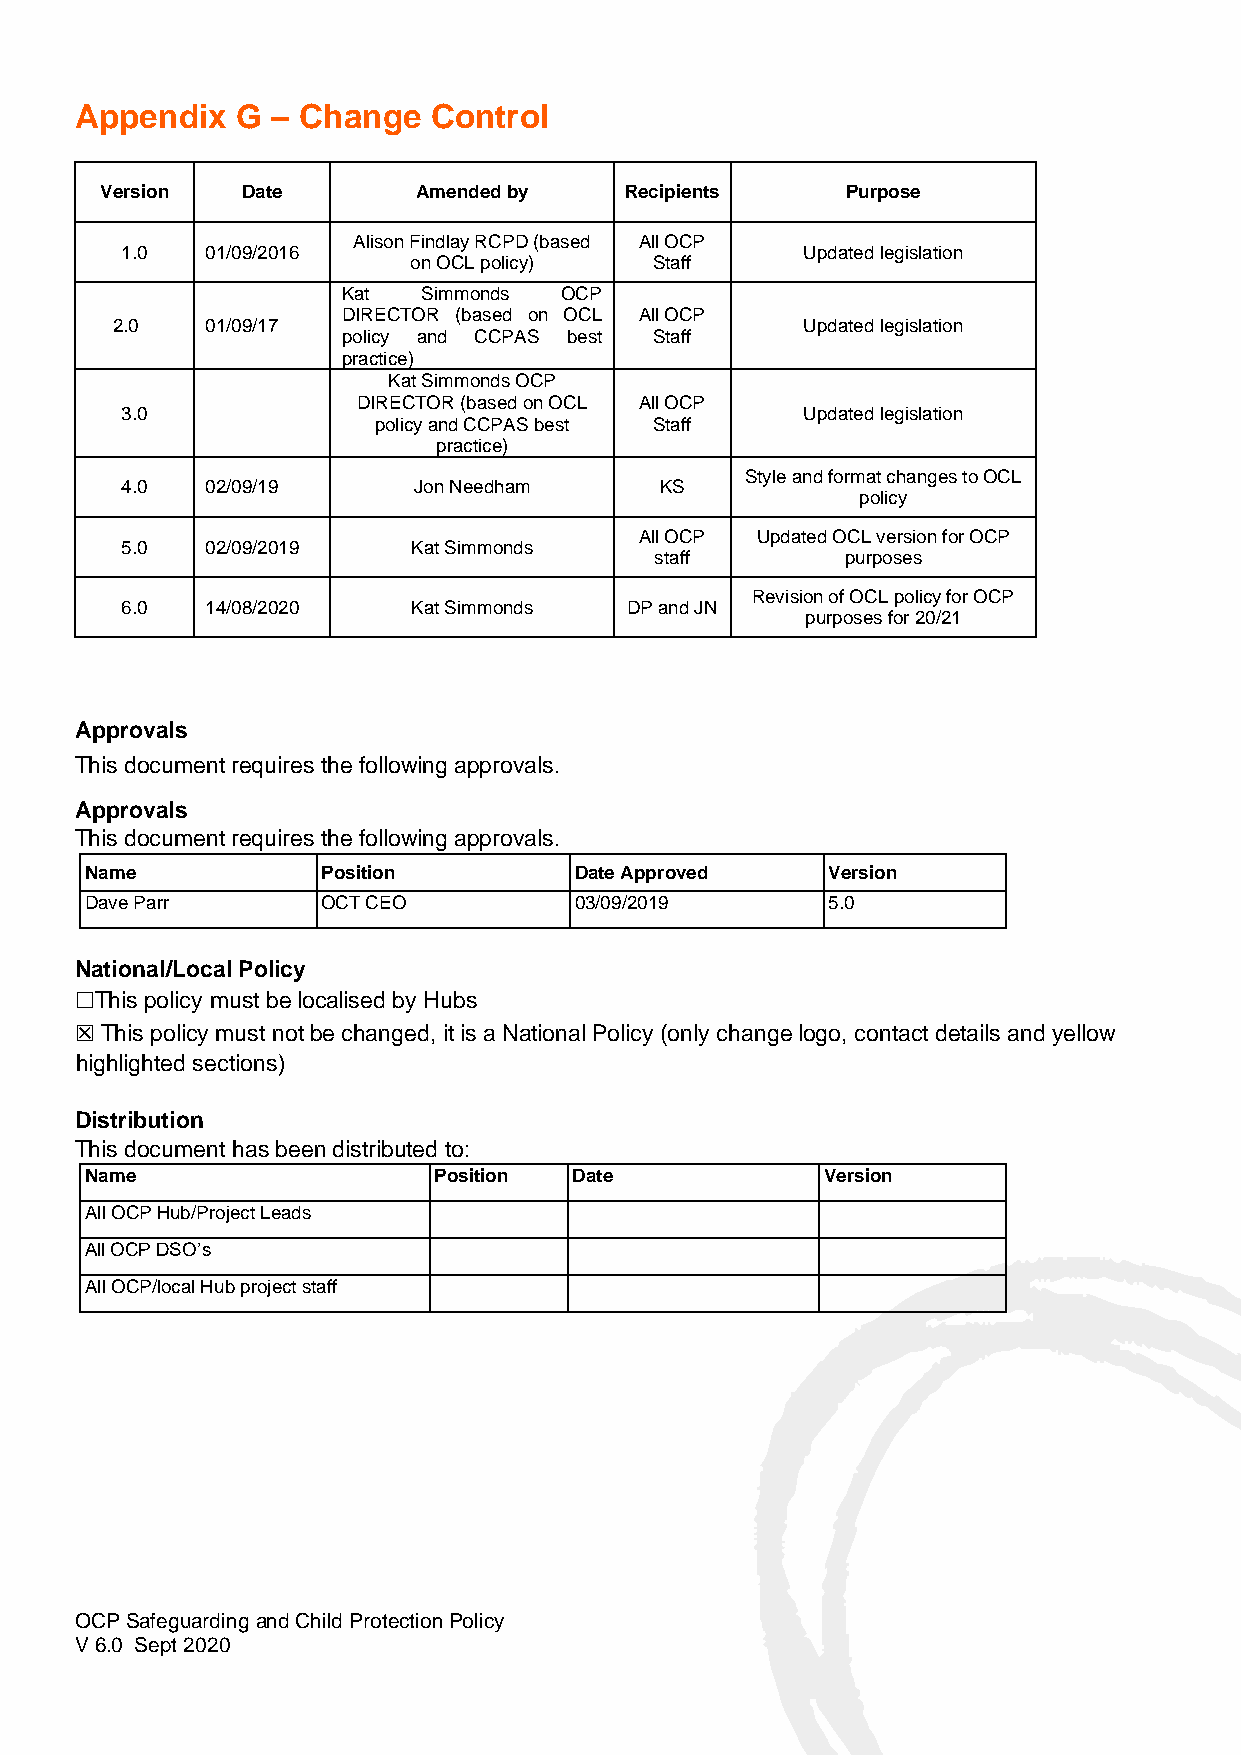
Appendix   G – Change   Control
 Version  Date        Amended by   Recipients     Purpose
 Alison Findlay RCPD (based All OCP
 1.0   01/09/2016                             Updated legislation
 on OCL policy)  Staff
 Kat  Simmonds OCP
 DIRECTOR (based on OCL All OCP
 2.0    01/09/17                               Updated legislation
 policy and CCPAS best Staff
 practice)
 Kat Simmonds OCP
 DIRECTOR (based on OCL All OCP
 3.0                                          Updated legislation
 policy and CCPAS best Staff
 practice)
 Style and format changes to OCL
 4.0   02/09/19     Jon Needham      KS
 policy
 All OCP Updated OCL version for OCP
 5.0   02/09/2019   Kat Simmonds
 staff        purposes
 Revision of OCL policy for OCP
 6.0   14/08/2020   Kat Simmonds  DP and JN
 purposes for 20/21
 Approvals
 This document requires the following approvals.
 Approvals
 This document requires the following approvals.
 Name           Position         Date Approved    Version
 Dave Parr      OCT CEO          03/09/2019       5.0
 National/Local Policy
 ☐This policy must be localised by Hubs
 ☒ This policy must not be changed, it is a National Policy (only change logo, contact details and yellow
 highlighted sections)
 Distribution
 This document has been distributed to:
 Name                   Position Date             Version
 All OCP Hub/Project Leads
 All OCP DSO’s
 All OCP/local Hub project staff
 OCP Safeguarding and Child Protection Policy
 V 6.0 Sept 2020